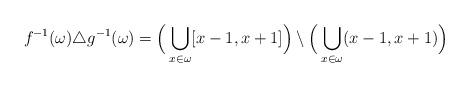
LaTeX: \begin{align*}f^{-1}(\omega)\triangle g^{-1}(\omega)=\Big(\bigcup_{x\in \omega}[x-1,x+1] \Big )\setminus \Big(\bigcup_{x\in \omega}(x-1,x+1) \Big )\end{align*}